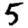
Digit: 5